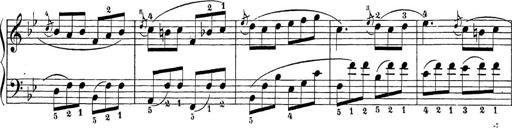
Title: Sonatina Album
Composer: Louis KÃ¶hler